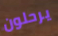
يرحلون